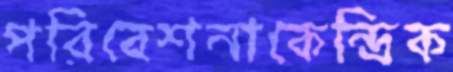
পরিবেশনাকেন্দ্রিক